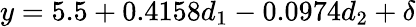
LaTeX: y=5.5+0.4158d_{1}-0.0974d_{2}+\delta